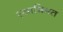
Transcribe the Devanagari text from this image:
स्वाभिमत